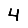
Digit: 4